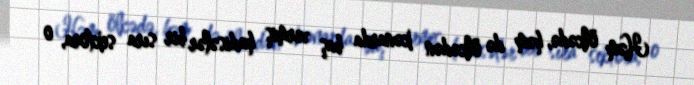
Həm ölkədə, həm də ölkədən kənarda baş vermiş hadisələr bir sıra sektora, o